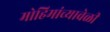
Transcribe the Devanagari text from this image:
मोहिमांच्यावेळी